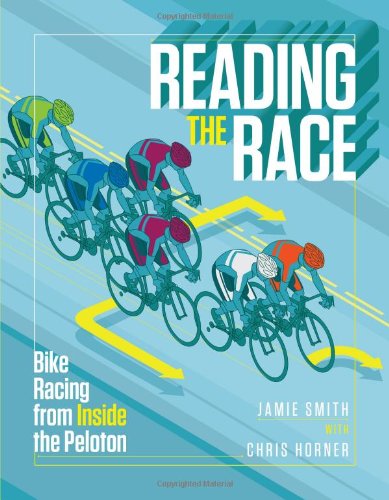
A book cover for Reading the Race: Bike Racing from Inside the Peloton; Jamie Smith; Sports & Outdoors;